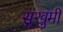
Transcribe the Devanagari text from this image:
सूखुमी